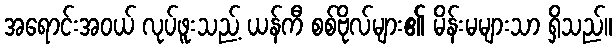
အရောင်းအဝယ် လုပ်ဖူးသည့် ယန်ကီ စစ်ဗိုလ်များ၏ မိန်းမများသာ ရှိသည်။